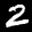
Label: 2